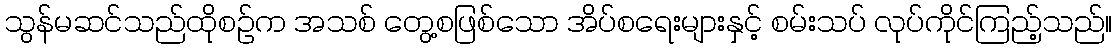
သွန်မဆင်သည်ထိုစဉ်က အသစ် တွေ့စဖြစ်သော အိပ်စရေးများနှင့် စမ်းသပ် လုပ်ကိုင်ကြည့်သည်။